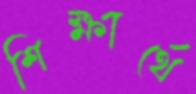
শিক্ষার্থে